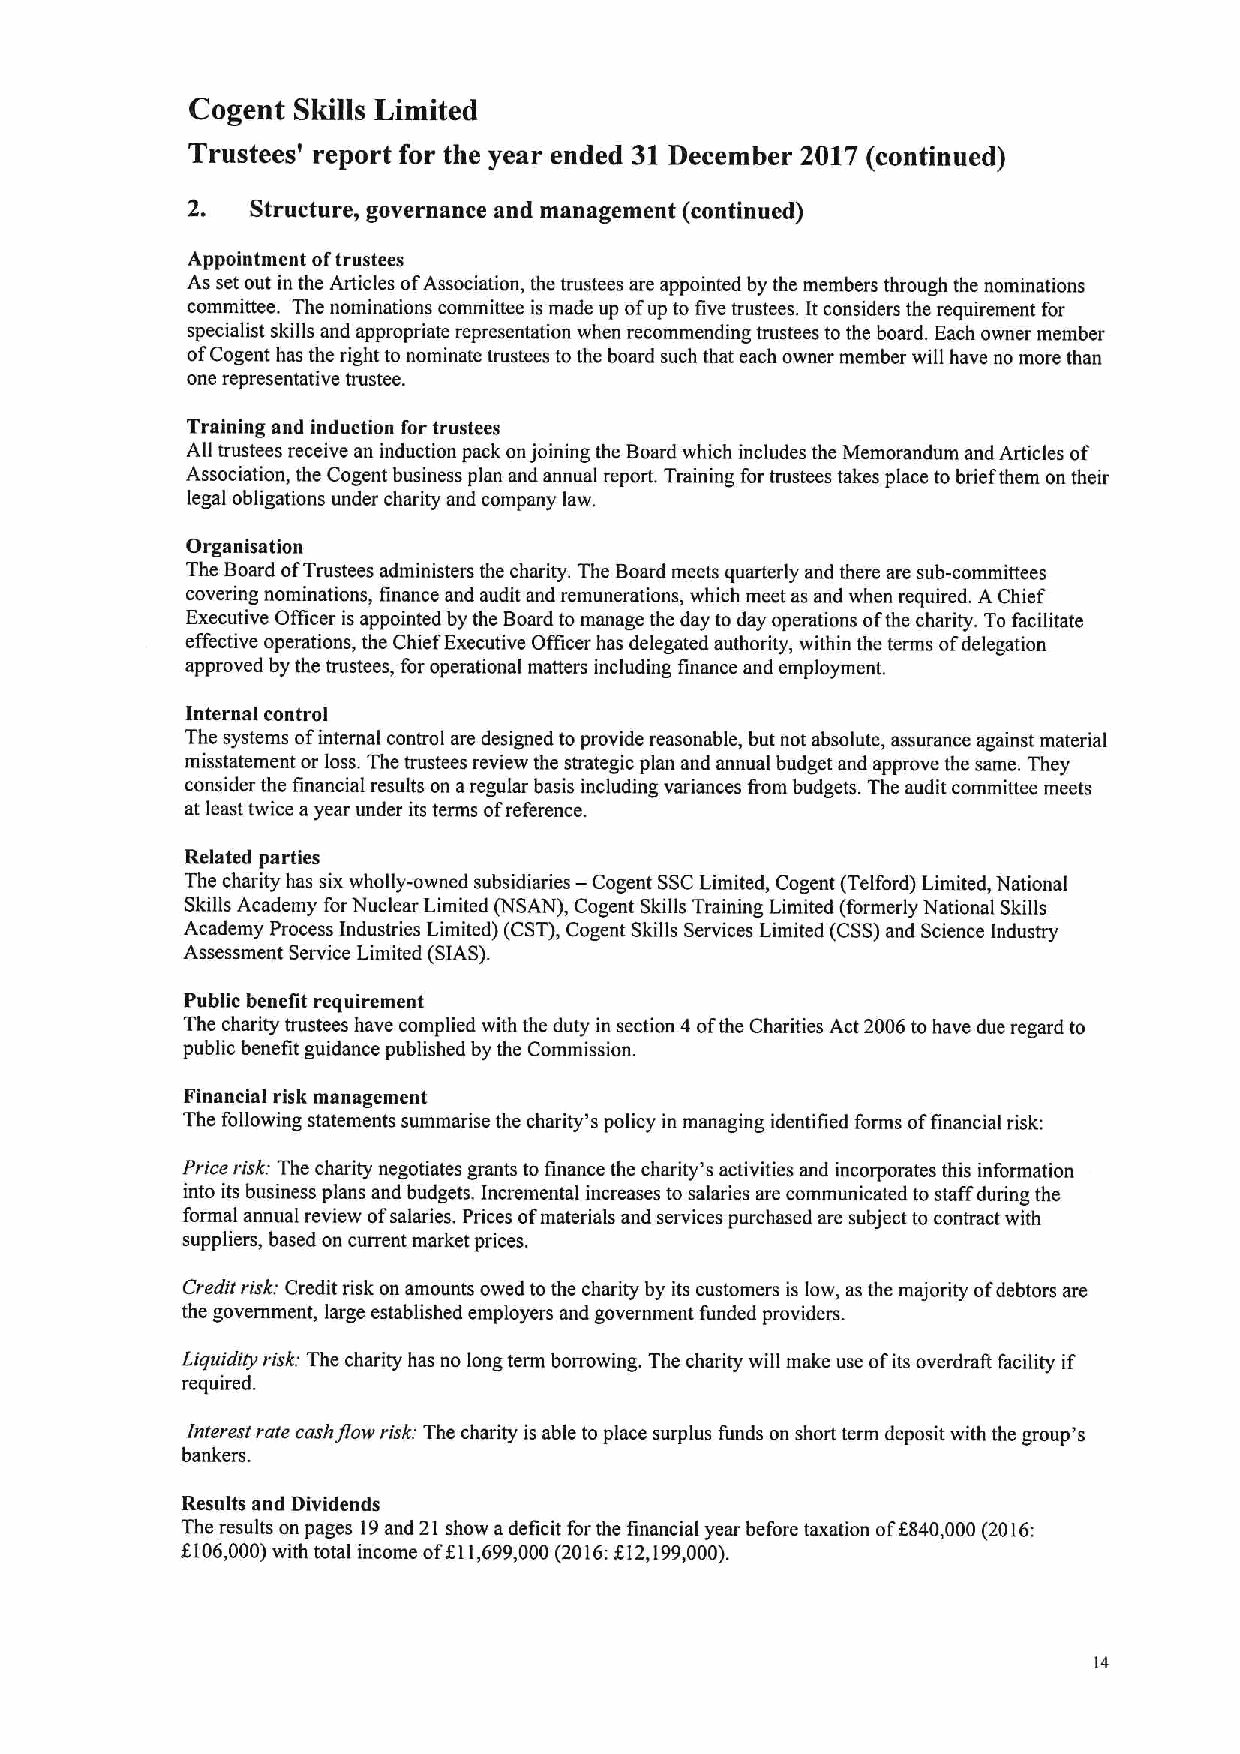
Cogent Skills Limited
 Trustees' report for the year ended 31December 2017(continued)
 2,   Structure, governance and management (continued)
 Appointment oftrustees
 As set out in the Articles ofAssociation, the trustees are appointed by the members through the nominations
 committee. The nominations committee is made up of up to five trustees. It considers the requirement for
 specialist skills and appropriate representation when recommending trustees to the board. Each owner member
 ofCogent has the right to nominate trustees tothe board such that each owner member will have no more than
 one representative trustee.
 Training and induction for trustees
 All trustees receive an induction pack onjoining the Board which includes the Memorandum and Articles of
 Association, the Cogent business plan and annual report. Training for trustees takes place to brief them on their
 legal obligations under charity and company law.
 Organisation
 The Board ofTrustees administers the charity. The Board meets quarterly and there are sub-committees
 covering nominations, finance and audit and remunerations, which meet as and when required. AChief
 Executive Officer is appointed by the Board tomanage the day to day operations ofthe charity. Tofacilitate
 effective operations, the Chief Executive Oificer has delegated authority, within the terms ofdelegation
 approved by the trustees, for operational matters including finance and employment.
 Internal control
 The systems ofinternal control are designed to provide reasonable, but not absolute, assurance against material
 misstatement or loss. The trustees review the strategic plan and annual budget and approve the same. They
 consider the financial results on aregular basis including variances from budgets. The audit committee meets
 at least twice ayear under its terms ofreference.
 Related parties
 —
 The charity has six wholly-owned subsidiaries Cogent SSCLimited, Cogent (Telford) Limited, National
 Skills Academy forNuclear Limited (NSAN), Cogent Skills Training Limited (formerly National Skills
 Academy Process Industries Limited) (CST),Cogent Skills Services Limited (CSS)and Science Industry
 Assessment Service Limited (SIAS).
 Public benefit requirement
 The charity trustees have complied with the duty in section 4 ofthe Charities Act 2006to have due regard to
 public benefit guidance published by the Commission.
 Financial risk management
 The following statements summarise the charity's policy in managing identified forms offinancial risk:
 Price risk: The charity negotiates grants to finance the charity's activities and incorporates this information
 into its business plans and budgets. Incremental increases to salaries are communicated to staff during the
 formal annual review ofsalaries. Prices ofmaterials and services purchased are subject to contract with
 suppliers, based on current market prices.
 Credit risk: Credit risk on amounts owed tothe charity by its customers is low, as the majority ofdebtors are
 the government, large established employers and government funded providers.
 Liquidity risk: The charity has no long term borrowing. The charity will make use ofits overdrafi facility if
 required.
 fnterest rate cashflow risk: The charity is able to place surplus funds on short term deposit with the group's
 bankers.
 Resalts and Dividends
 The results on pages 19and 21 show adeficit forthe financial year before taxation off840,000(2016:
 g106,000)with total income ofKI1,699,000(2016:f12,199,000).
 14